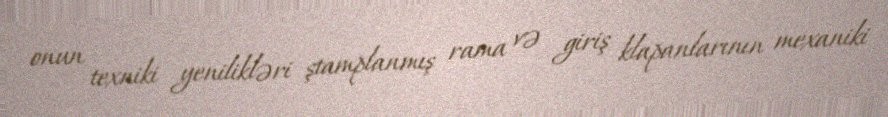
onun texniki yenilikləri ştamplanmış rama və giriş klapanlarının mexaniki